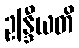
ဥန္ဒြီယတိ